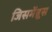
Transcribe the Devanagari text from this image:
जिसमेंब्रूस